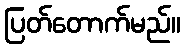
ပြတ်တောက်မည်။